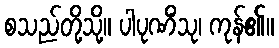
စသည်တို့သို့။ ပါပုဏိံသု၊ ကုန်၏။